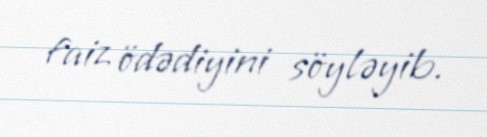
faiz ödədiyini söyləyib.